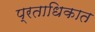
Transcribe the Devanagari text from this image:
प्रताधिकात